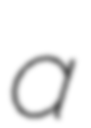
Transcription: a